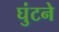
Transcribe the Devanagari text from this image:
घुंटने